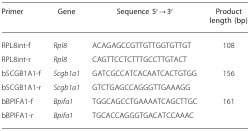
<table><thead><tr><td><b>Primer</b></td><td><b>Gene</b></td><td><b>Sequence 5′→3′</b></td><td><b>Product length (bp)</b></td></tr></thead><tbody><tr><td>RPL8int-f</td><td><i>Rpl8</i></td><td>ACAGAGCCGTTGTTGGTGTTGT</td><td>108</td></tr><tr><td>RPL8int-r</td><td><i>Rpl8</i></td><td>CAGTTCCTCTTTGCCTTGTACT</td><td> </td></tr><tr><td>bSCGB1A1-f</td><td><i>Scgb1a1</i></td><td>GATCGCCATCACAATCACTGTGG</td><td>156</td></tr><tr><td>bSCGB1A1-r</td><td><i>Scgb1a1</i></td><td>GTCTGAGCCAGGGTTGAAAGG</td><td> </td></tr><tr><td>bBPIFA1-f</td><td><i>Bpifa1</i></td><td>TGGCAGCCTGAAAATCAGCTTGC</td><td>161</td></tr><tr><td>bBPIFA1-r</td><td><i>Bpifa1</i></td><td>TGCACCAGGGTGACATCCAAAC</td><td> </td></tr></tbody></table>